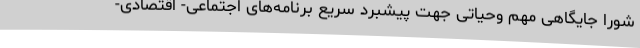
شورا جایگاهی مهم وحیاتی جهت پیشبرد سریع برنامه‌های اجتماعی- اقتصادی-